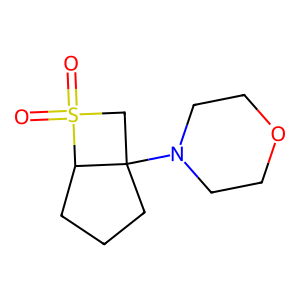
SMILES: O=S1(=O)CC2(N3CCOCC3)CCCC21
Inhibits HIV replication: No